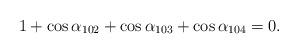
LaTeX: \begin{align*}1+\cos\alpha_{102}+\cos\alpha_{103}+\cos\alpha_{104}=0.\end{align*}